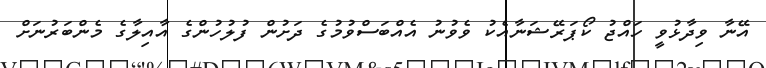
އޭނާ ވިދާޅުވީ ހައްޖު ކޯޕަރޭޝަނާއެކު ވެވުނު އެއްބަސްވުމުގެ ދަށުން ފުލުހުންގެ އާއިލާގެ މެންބަރުނަށް